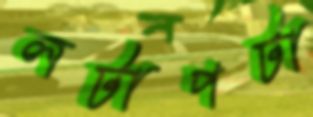
লটাপটা